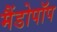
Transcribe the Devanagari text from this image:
मैंडोपॉप